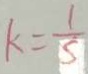
k = \frac { 1 } { 5 }